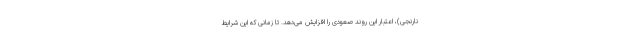
نارنجی)، اعتبار این روند صعودی را افزایش می‌دهد. تا زمانی که این شرایط